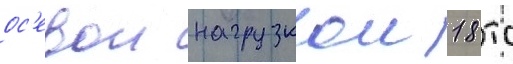
ос'евои нагрузкои 18 тс